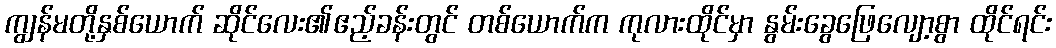
ကျွန်မတို့နှစ်ယောက် ဆိုင်လေး၏ဧည့်ခန်းတွင် တစ်ယောက်က ကုလားထိုင်မှာ နွမ်းခွေဖြေလျော့စွာ ထိုင်ရင်း